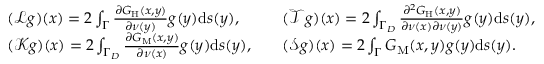
\begin{array} { r l r l } & { ( \mathcal { L } g ) ( x ) = 2 \int _ { \Gamma } \frac { \partial G _ { \mathrm { H } } ( x , y ) } { \partial \nu ( y ) } g ( y ) \mathrm { d } s ( y ) , } & & { ( \mathcal { T } g ) ( x ) = 2 \int _ { \Gamma _ { D } } \frac { \partial ^ { 2 } G _ { \mathrm { H } } ( x , y ) } { \partial \nu ( x ) \partial \nu ( y ) } g ( y ) \mathrm { d } s ( y ) , } \\ & { ( \mathcal { K } g ) ( x ) = 2 \int _ { \Gamma _ { D } } \frac { \partial G _ { \mathrm { M } } ( x , y ) } { \partial \nu ( x ) } g ( y ) \mathrm { d } s ( y ) , } & & { ( \mathcal { S } g ) ( x ) = 2 \int _ { \Gamma } G _ { \mathrm { M } } ( x , y ) g ( y ) \mathrm { d } s ( y ) . } \end{array}